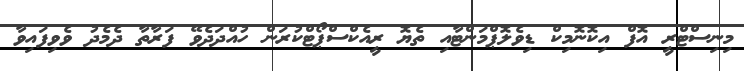
މިނިސްޓްރީ އޮފް އިކޮނޮމިކް ޑިވެލޮޕްމަންޓާއި ތެޔޮ ރީއެކްސްޕޯޓްކުރަން ހުއްދަދެވޭ ފަރާތާ ދެމެދު ވެވިފައިވާ